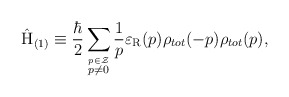
\begin{align*}\hat{\rm H}_{(1)} \equiv \frac{\hbar}{2}\sum_{\stackrel{p \in \cal Z}{p \neq 0}}\frac{1}{p} \varepsilon_{\rm R}(p) \rho_{tot}(-p) \rho_{tot}(p) ,\end{align*}